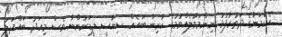
އެކަމަނާގެ ދަތުރުފުޅު ނިންމަވާލެއްވުމުގެ ކުރިން ބައެއް ސިޔާސީ ލީޑަރުންނާ ވެސް މިއަދު ބައްދަލު